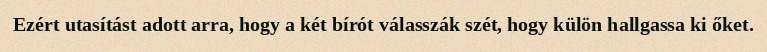
Ezért utasítást adott arra, hogy a két bírót válasszák szét, hogy külön hallgassa ki őket.